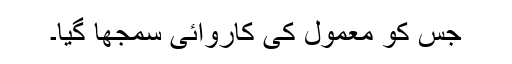
جس کو معمول کی کاروائی سمجھا گیا۔